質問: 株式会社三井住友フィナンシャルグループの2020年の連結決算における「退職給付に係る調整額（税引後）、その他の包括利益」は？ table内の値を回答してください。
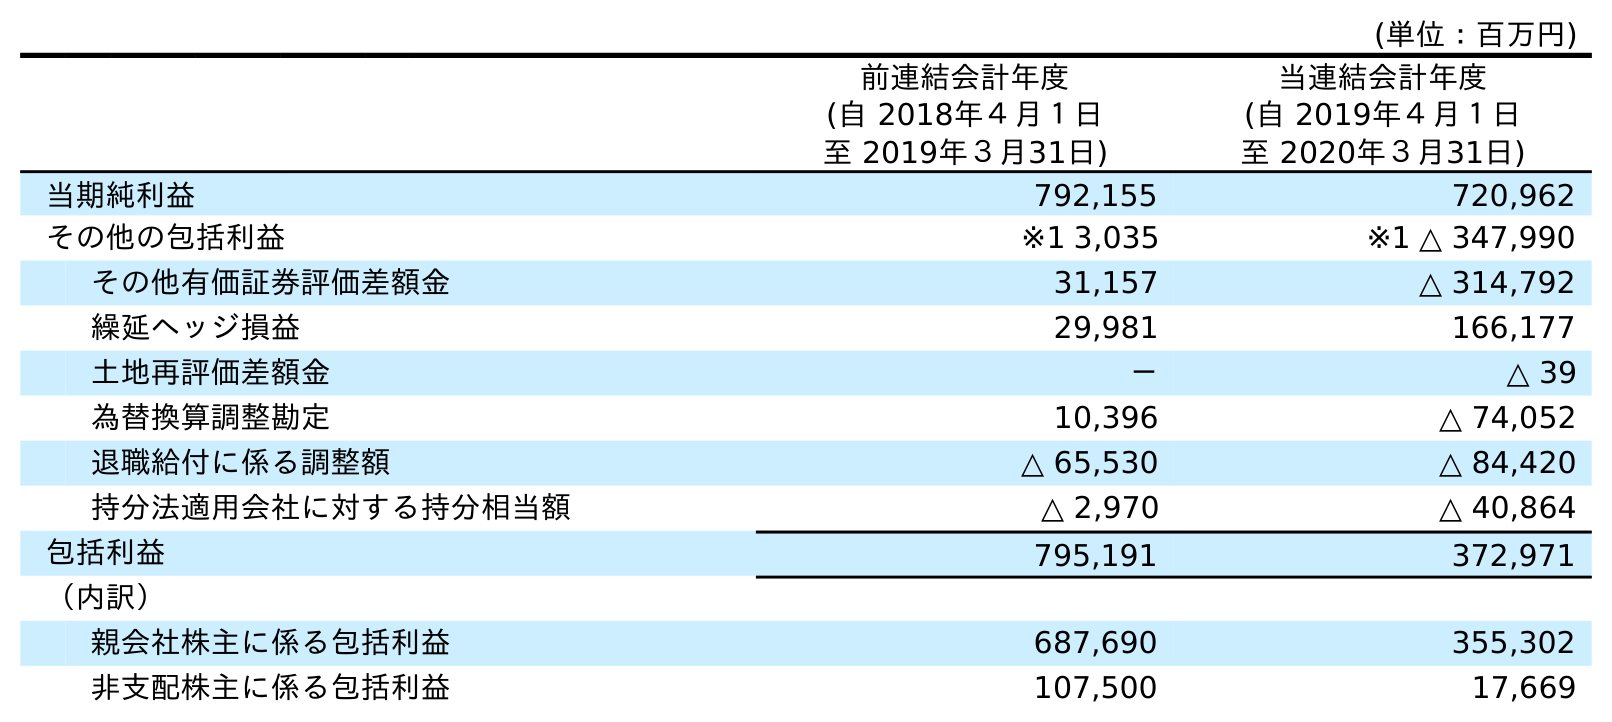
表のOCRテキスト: (単位：百万円) 前連結会計年度 (自 2018年４月１日 至 2019年３月31日) 当連結会計年度 (自 2019年４月１日 至 2020年３月31日) 当期純利益 792,155 720,962 その他の包括利益 ※1 3,035 ※1 △ 347,990 その他有価証券評価差額金 31,157 △ 314,792 繰延ヘッジ損益 29,981 166,177 土地再評価差額金 － △ 39 為替換算調整勘定 10,396 △ 74,052 退職給付に係る調整額 △ 65,530 △ 84,420 持分法適用会社に対する持分相当額 △ 2,970 △ 40,864 包括利益 795,191 372,971 （内訳） 親会社株主に係る包括利益 687,690 355,302 非支配株主に係る包括利益 107,500 17,669
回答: △84,420